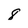
Character: 8